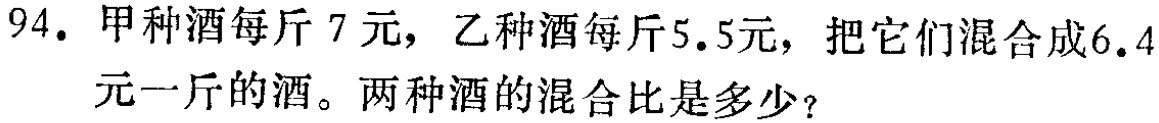
94. 甲种酒每斤 7 元，乙种酒每斤5.5元，把它们混合成6.4元一斤的酒。两种酒的混合比是多少？